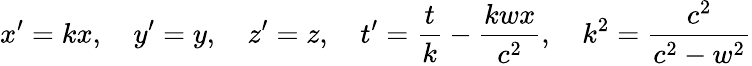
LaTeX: x^{\prime}=kx,\quad y^{\prime}=y,\quad z^{\prime}=z,\quad t^{\prime}={\frac{t}{k}}-{\frac{kwx}{c^{2}}},\quad k^{2}={\frac{c^{2}}{c^{2}-w^{2}}}